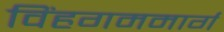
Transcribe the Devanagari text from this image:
विंहगममार्ग